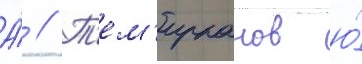
А́ // Т'ем'ирканов ю́